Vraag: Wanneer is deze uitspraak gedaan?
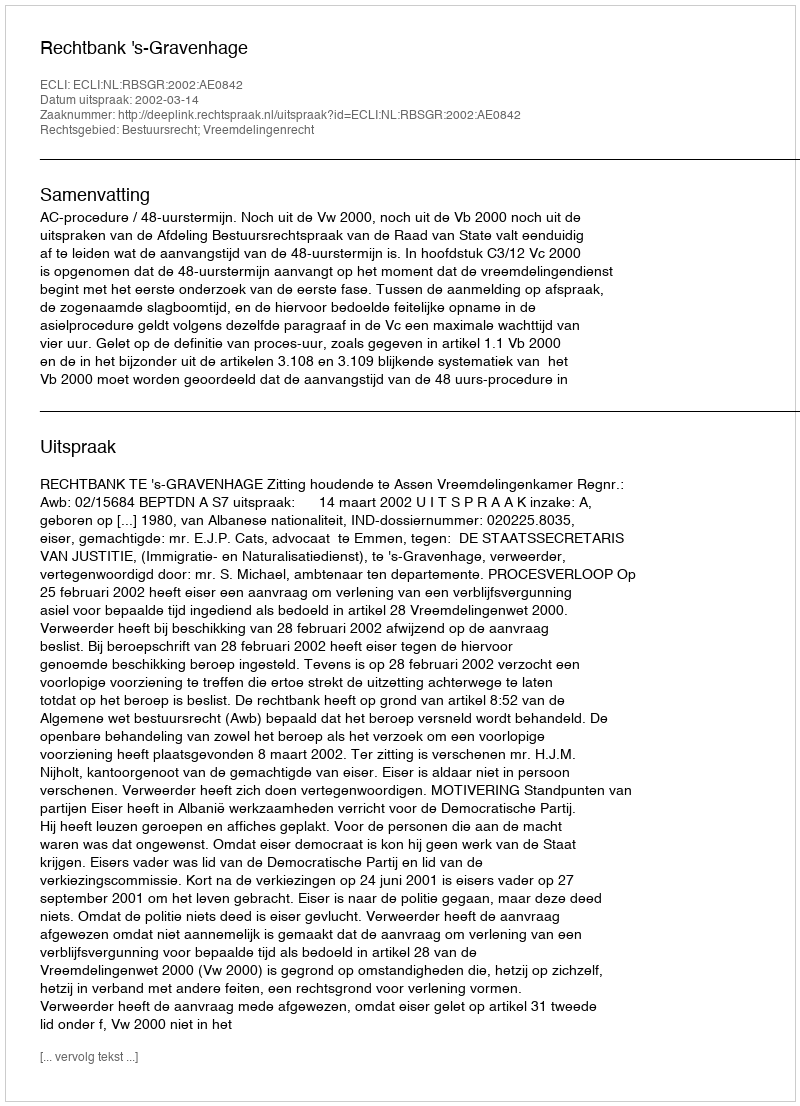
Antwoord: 2002-03-14